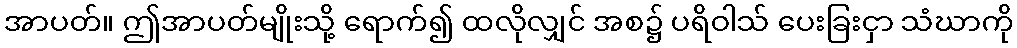
အာပတ်။ ဤအာပတ်မျိုးသို့ ရောက်၍ ထလိုလျှင် အစ၌ ပရိဝါသ် ပေးခြးငှာ သံဃာကို